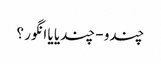
چندو - چندیا یا انگور ؟